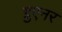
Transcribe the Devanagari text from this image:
ग्रुएनर